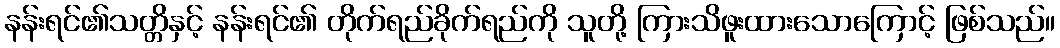
နန်းရင်၏သတ္တိနှင့် နန်းရင်၏ တိုက်ရည်ခိုက်ရည်ကို သူတို့ ကြားသိဖူးထားသောကြောင့် ဖြစ်သည်။